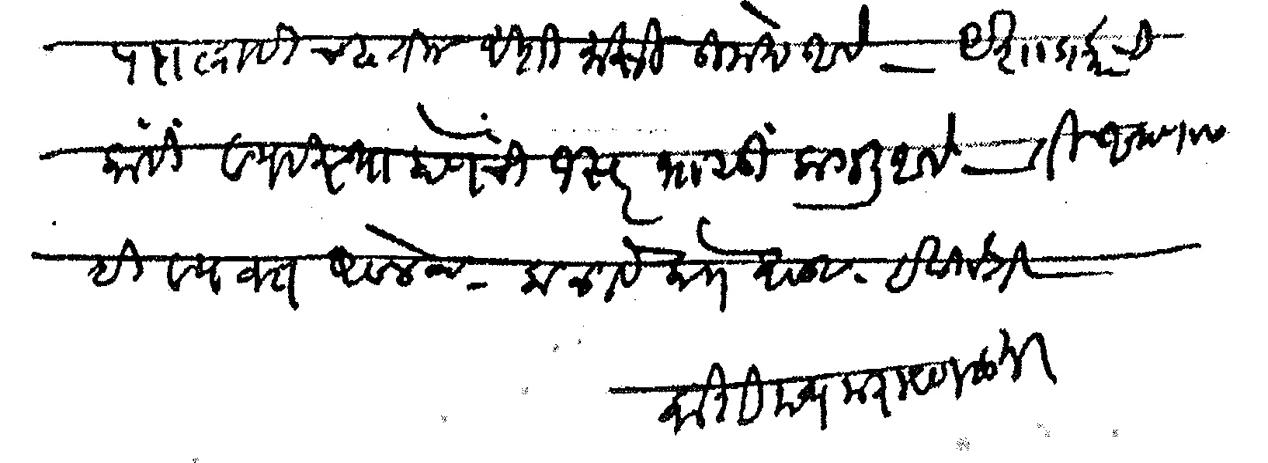
Transliteration (Devanagari): पदालाही चढतील अशी माझी उमेद आहे अशाप्रकारची काही व्यवस्था होणेची जरूर भासू लागली आहे ती आपणास ही व्यक्त असेलच कळावे लोभ असावा ही विनंती काशिनाथ नारायण साने